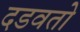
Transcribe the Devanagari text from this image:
दडवतो